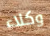
وكلاء